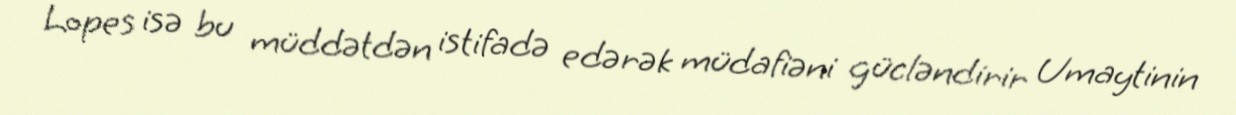
Lopes isə bu müddətdən istifadə edərək müdafiəni gücləndirir Umaytinin